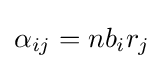
\alpha _{ij}=nb_{i}r_{j}